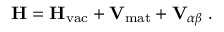
\mathbf { H } = \mathbf { H } _ { \mathrm { v a c } } + \mathbf { V } _ { \mathrm { m a t } } + \mathbf { V } _ { \alpha \beta } \; .